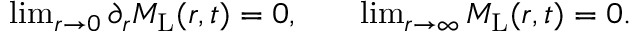
\begin{array} { r l r } { \operatorname* { l i m } _ { r \rightarrow 0 } \partial _ { r } M _ { \mathrm { L } } ( r , t ) = 0 , } & { { } } & { \operatorname* { l i m } _ { r \rightarrow \infty } M _ { \mathrm { L } } ( r , t ) = 0 . } \end{array}